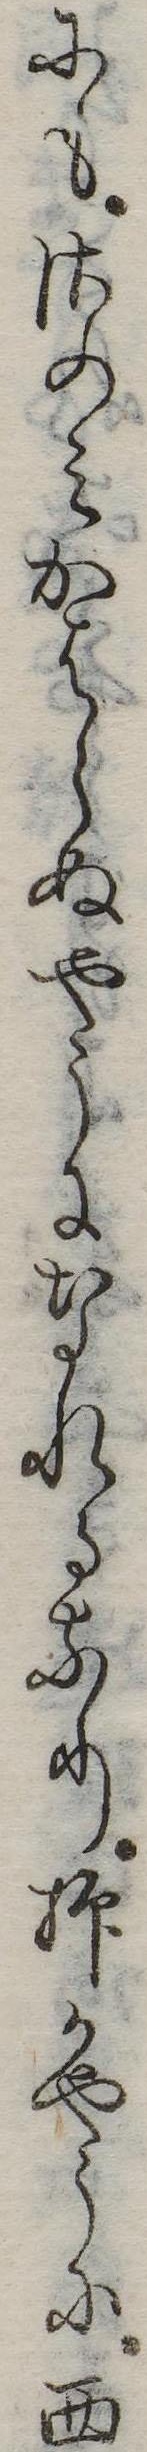
にもさのみかはらぬやうになれるなり抑かやうに西